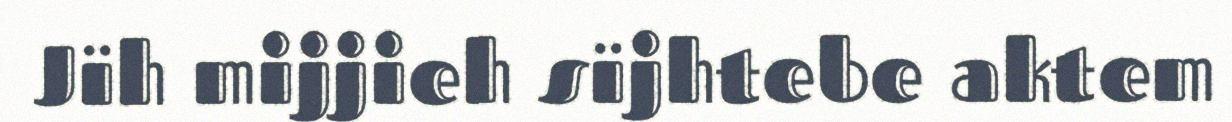
Jïh mijjieh sïjhtebe aktem